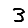
Digit: 3